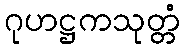
ဂုဟဋ္ဌကသုတ္တံ